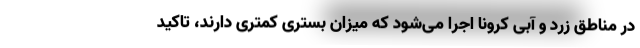
در مناطق زرد و آبی کرونا اجرا می‌شود که میزان بستری کمتری دارند، تاکید